Vaccination North-Western Provinces 1866-1877 - 1866-1877
Year: 1866
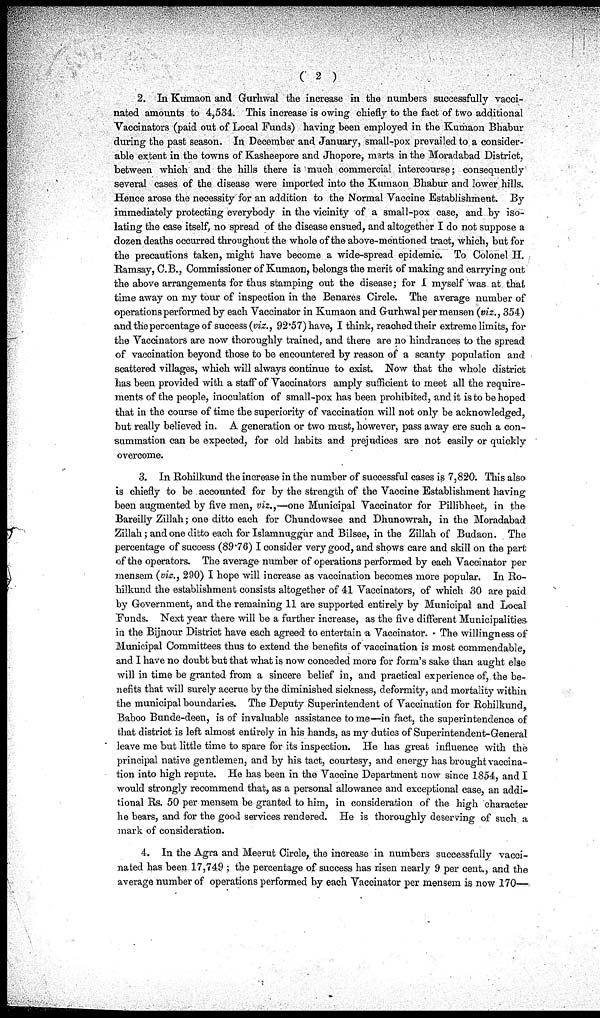
( 2 )
2. In Kumaon and Gurhwal the increase in the numbers successfully vacci-
nated amounts to 4,534. This increase is owing chiefly to the fact of two additional
Vaccinators (paid out of Local Funds) having been employed in the Kumaon Bhabur
during the past season. In December and January, small-pox prevailed to a consider-
able extent in the towns of Kasheepore and Jhopore, marts in the Moradabad District,
between which and the hills there is much commercial intercourse; consequently
several cases of the disease were imported into the Kumaon Bhabur and lower hills.
Hence arose the necessity for an addition to the Normal Vaccine Establishment. By
immediately protecting everybody in the vicinity of a small-pox case, and by iso-
lating the case itself, no spread of the disease ensued, and altogether I do not suppose a
dozen deaths occurred throughout the whole of the above-mentioned tract, which, but for
the precautions taken, might have become a wide-spread epidemic. To Colonel H.
Ramsay, C.B., Commissioner of Kumaon, belongs the merit; of making and carrying out
the above arrangements for thus stamping out the disease; for I myself was at thai
time away on my tour of inspection in the Benares Circle. The average number of
operations performed by each Vaccinator in Kumaon and Gurhwal per mensen (viz., 354)
and the percentage of success (viz., 92.57) have, I think, reached their extreme limits, for
the Vaccinators are now thoroughly trained, and there are no hindrances to the spread
of vaccination beyond those to be encountered by reason of a scanty population and
scattered villages, which will always continue to exist. Now that the whole district
has been provided with a staff of Vaccinators amply sufficient to meet all the require-
ments of the people, inoculation of small-pox has been prohibited, and it is to be hoped
that in the course of time the superiority of vaccination will not only be acknowledged,
but really believed in. A generation or two must, however, pass away ere such a con-
summation can be expected, for old habits and prejudices are not easily or quickly
overcome.
3. In Rohilkund the increase in the number of successful cases is 7,820. This also
is chiefly to be accounted for by the strength of the Vaccine Establishment having
been augmented by five men, viz.,—one Municipal Vaccinator for Pillibheet, in the
Bareilly Zillah; one ditto each for Chundowsee and Dhunowrah, in the Moradabad
Zillah; and one ditto each for Islamnuggur and Bilsee, in the Zillah of Budaon. The
percentage of success (89.76) I consider very good, and shows care and skill on the part
of the operators. The average number of operations performed by each Vaccinator per
mensem (viz., 290) I hope will increase as vaccination becomes more popular. In Ro-
hilkund the establishment consists altogether of 41 Vaccinators, of which 30 are paid
by Government, and the remaining 11 are supported entirely by Municipal and Local
Funds. Next year there will be a further increase, as the five different Municipalities
in the Bijnour District have each agreed to entertain a Vaccinator. The willingness of
Municipal Committees thus to extend the benefits of vaccination is most commendable,
and I have no doubt but that what is now conceded more for form's sake than aught else
will in time be granted from a sincere belief in, and practical experience of, the be-
nefits that will surely accrue by the diminished sickness, deformity, and mortality within
the municipal boundaries. The Deputy Superintendent of Vaccination for Rohilkund,
Baboo Bunde-deen, is of invaluable assistance to me—in fact, the superintendence of
that district is left almost entirely in his hands, as my duties of Superintendent-General
leave me but little time to spare for its inspection. He has great influence with the
principal native gentlemen, and by his tact, courtesy, and energy has brought vaccina-
tion into high repute. He has been in the Vaccine Department now since 1854, and I
would strongly recommend that, as a personal allowance and exceptional case, an addi-
tional Rs. 50 per mensem be granted to him, in consideration of the high character
he bears, and for the good services rendered. He is thoroughly deserving of such a
mark of consideration.
4. In the Agra and Meerut Circle, the increase in numbers successfully vacci-
nated has been 17,749 ; the percentage of success has risen nearly 9 per cent., and the
average number of operations performed by each Vaccinator per mensem is now 170—